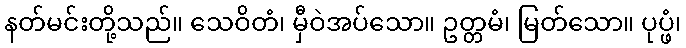
နတ်မင်းတို့သည်။ သေဝိတံ၊ မှီဝဲအပ်သော။ ဥတ္တမံ၊ မြတ်သော။ ပုပ္ဖံ၊